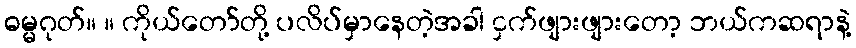
ဓမ္မဂုတ်။ ။ ကိုယ်တော်တို့ ပလိပ်မှာနေတဲ့အခါ ငှက်ဖျားဖျားတော့ ဘယ်ကဆရာနဲ့